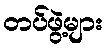
တပ်ဖွဲ့များ